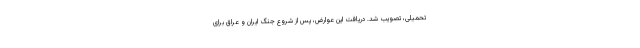
تحمیلی، تصویب شد. دریافت این عوارض، پس از شروع جنگ ایران و عراق برای